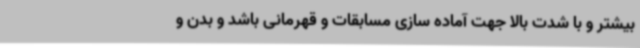
بیشتر و با شدت بالا جهت آماده سازی مسابقات و قهرمانی باشد و بدن و